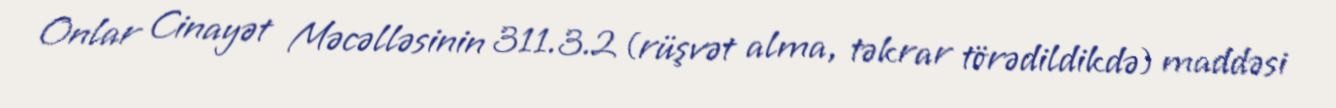
Onlar Cinayət Məcəlləsinin 311.3.2 (rüşvət alma, təkrar törədildikdə) maddəsi